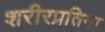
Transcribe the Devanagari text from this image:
शरीरप्रतिमा